system: You are a helpful assistant.
user:
Analyze the provided spectrum to determine if it is a **"Cataclysmic Variables (CV)"**.

- **Key Indicators for CV (Check for either state):**
    - **State 1: Quiescent / Low-State (Emission-Dominated)**
        - **(Primary):** Strong and *very broad* Hydrogen Balmer emission lines (e.g., $H\alpha$ at 6563 Å, $H\beta$ at 4861 Å). The 'broadness' (high velocity dispersion, often FWHM > 1000 km/s) is the key diagnostic, indicating a high-velocity accretion disk.
        - **(Secondary):** Broad neutral Helium (He I) emission lines (e.g., 5876 Å, 6678 Å).
        - **(Key Confirmation):** Presence of high-excitation *ionized* Helium (He II) emission at 4686 Å. This is a strong indicator of accretion onto a white dwarf.
        - **(Line Profile):** Emission lines may exhibit a 'double-peaked' profile, which is a classic signature of a rotating accretion disk viewed at high inclination.

    - **State 2: Outburst / High-State (Absorption-Dominated)**
        - **(Primary):** Spectrum is dominated by a bright, blue continuum (looks like a hot star).
        - **(Secondary):** The emission lines from State 1 are weak, absent, or 'filled in', and are replaced by broad, shallow *absorption* lines (primarily Balmer and He I).
        - **(Morphology):** The overall spectrum mimics a hot B/A-type star. The crucial difference is that the absorption lines are significantly broader, shallower, and more 'washed-out' (or 'smeared') than the sharp lines of a normal stellar photosphere, due to high rotational speeds and pressure broadening in the disk.

Think first, call **spectral_visualization_tool** if needed to examine features in detail, then provide your final answer. Your response must adhere to the following strict rules:
1.  **Overall Structure:** Your response must follow the format `<think>...</think> <tool_call>...</tool_call> (if a tool is used) <answer>...</answer>`.
2.  **Tool Usage Constraint:** You may only make **one** tool call per turn.
3.  **Final Answer Format:** In the `<answer>` tag, your conclusion must be inside a `\boxed{}` command (e.g., `\boxed{YES}`), followed by your justification.

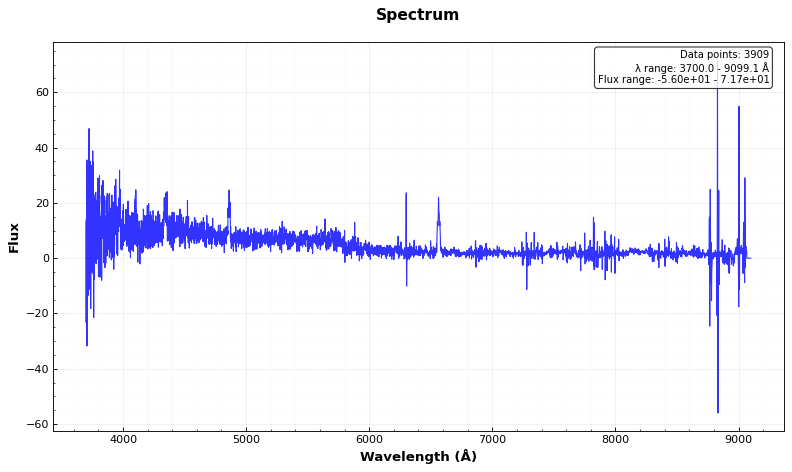
Answer: YES